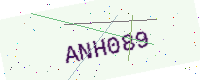
Text: ANH089